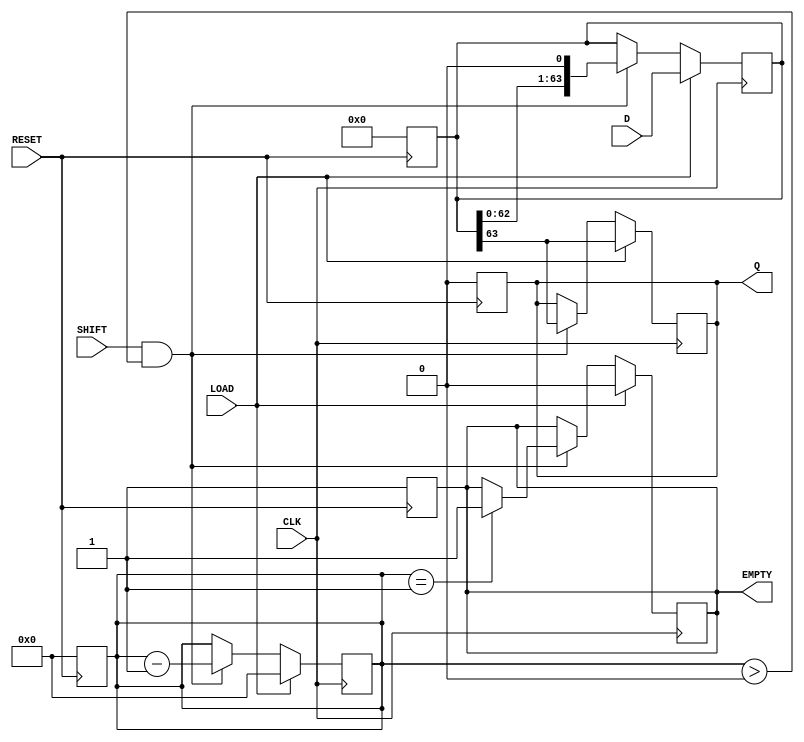
module PISO_64bit (
    input wire [63:0] D,       // 64-bit data input
    input wire LOAD,           // Load control signal
    input wire CLK,            // Clock signal
    input wire SHIFT,          // Shift control signal
    input wire RESET,          // Asynchronous reset
    output reg Q,              // Serial output
    output reg EMPTY           // Empty status signal
);

    reg [63:0] shift_reg;      // 64-bit shift register
    reg [5:0] count;           // Bit counter for shifting

    // Asynchronous reset
    always @(posedge RESET) begin
        shift_reg <= 64'b0;      // Clear register
        Q <= 1'b0;               // Clear output
        EMPTY <= 1'b1;           // Register is empty
        count <= 6'b0;           // Reset counter
    end

    // Main functionality
    always @(posedge CLK) begin
        if (LOAD) begin
            shift_reg <= D;       // Load data into the shift register
            Q <= shift_reg[63];   // Output the MSB
            count <= 6'd64;       // Reset counter to the total bits
            EMPTY <= 1'b0;        // Register is not empty
        end else if (SHIFT && count > 0) begin
            Q <= shift_reg[63];    // Output the MSB
            shift_reg <= {shift_reg[62:0], 1'b0}; // Shift left
            count <= count - 1;   // Decrement counter
            if (count == 1) begin
                EMPTY <= 1'b1;     // Register is empty after last shift
            end
        end
    end

endmodule